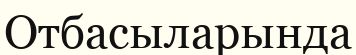
Отбасыларында